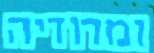
ומרודיה